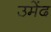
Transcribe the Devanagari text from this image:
उमेंद